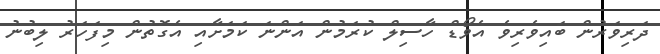
ދަރިވަރުން ބައިވެރިވެ އެވޯޑް ހާސިލް ކުރަމުން އަންނަ ކަމަށާއި އެގޮތުން މިފަހަރު ލިބުނު